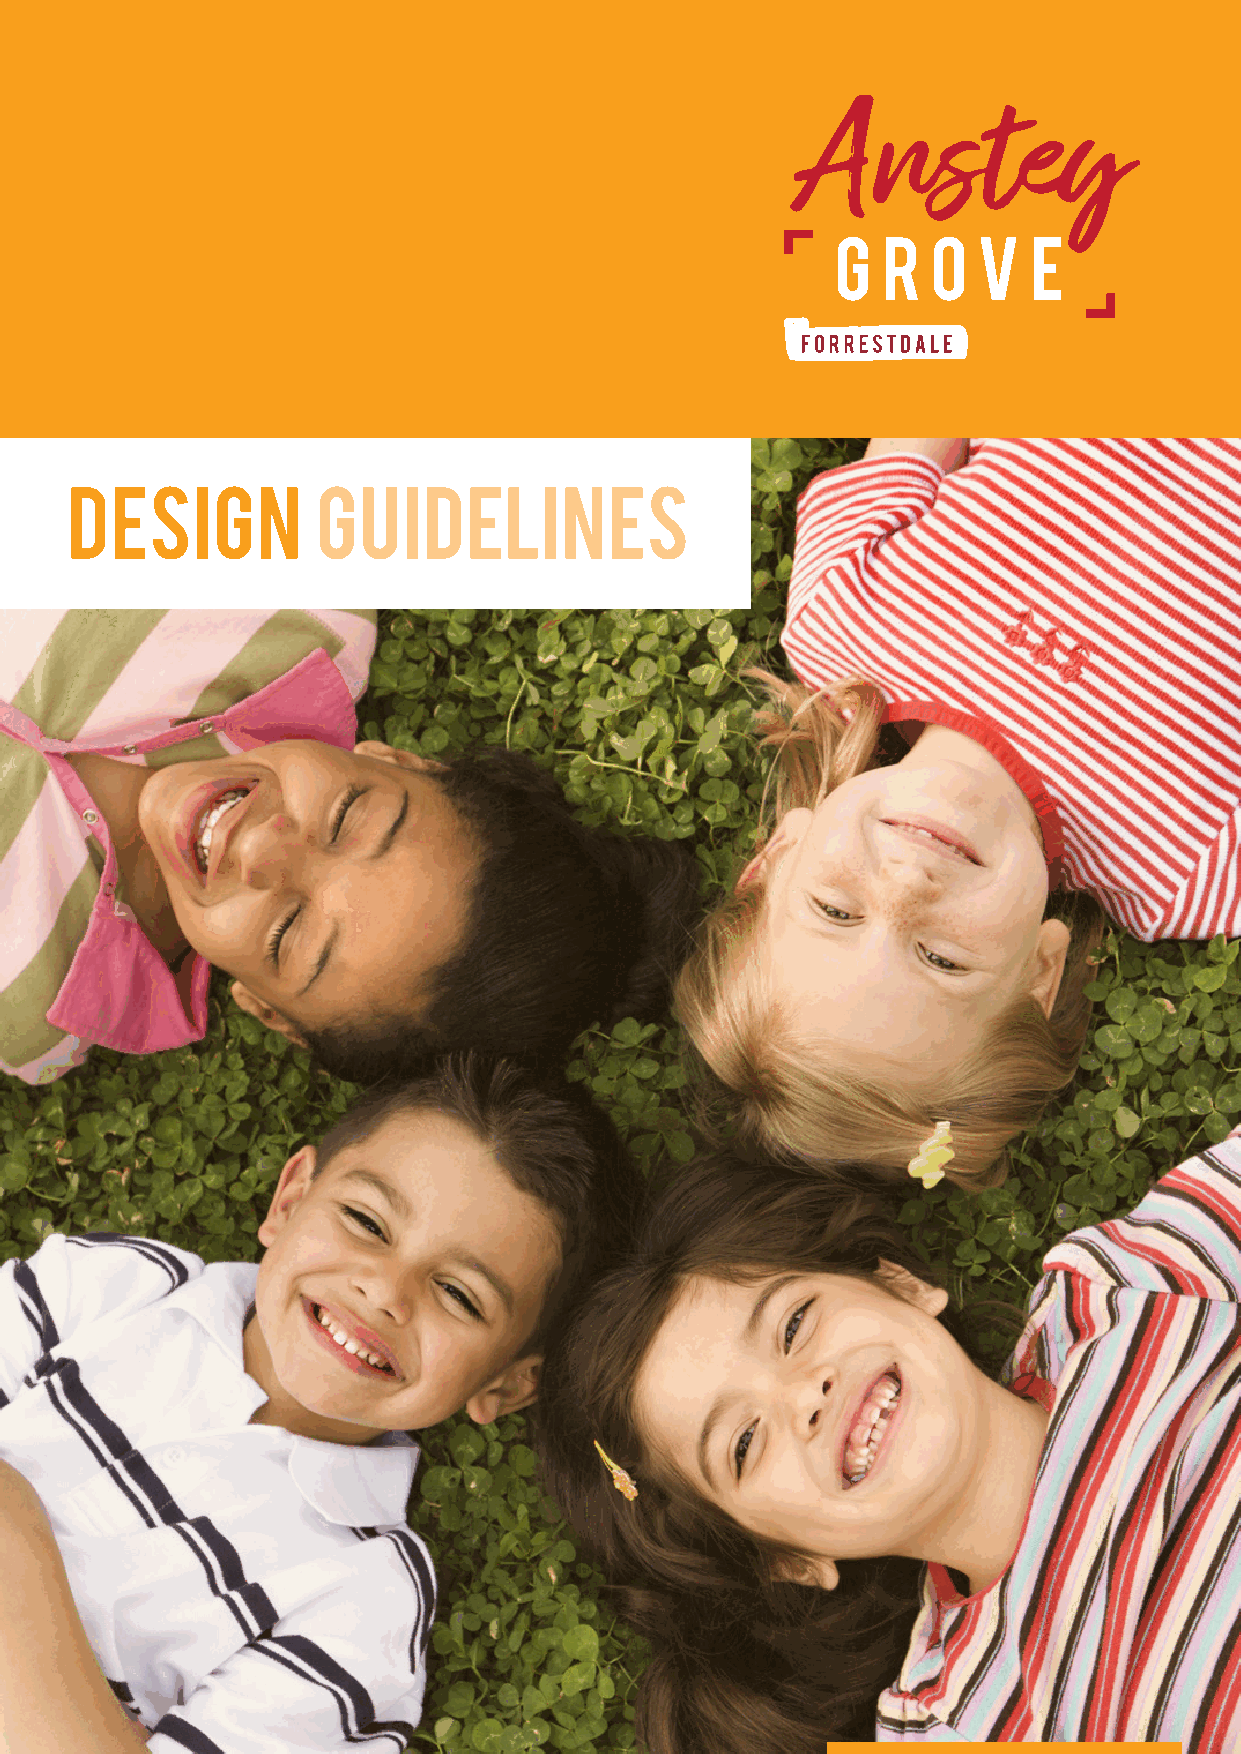
DESIGN           GUIDELINES
 ANSTEY GROVE DESIGN GUIDELINES                                           1